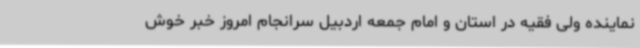
نماینده ولی فقیه در استان و امام جمعه اردبیل سرانجام امروز خبر خوش